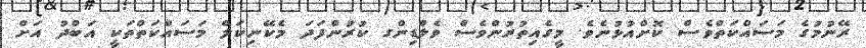
ރޭނުމުގެ މަސައްކަތްވެސް ކޮށްއުޅުނެވެ. މީގެއިތުރުންވެސް ވެލްޑިންގ ކުރުންފަދަ މެކޭނިކަލް މަސައްކަތްތަކީ އަބްދު އަށް